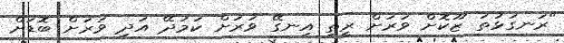
"ރަނގަޅުތަ ޒޫކޮށް ވަރަށް ރީތި އިނގޭ ވަރަށް ކަމުދޭ އަދި ވަރަށް ބޮޑަށް